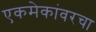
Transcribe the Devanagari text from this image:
एकमेकांवरचा